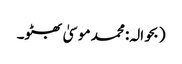
(بحوالہ: محمد موسیٰ بھٹو۔